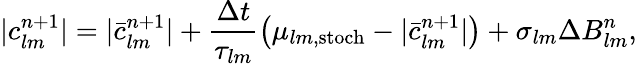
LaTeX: |c_{lm}^{n+1}|=|\bar{c}_{lm}^{n+1}|+\frac{\Delta t}{\tau_{lm}}\left(\mu_{lm,\mathrm{stoch}}-|\bar{c}_{lm}^{n+1}|\right)+\sigma_{lm}\Delta B_{lm}^{n},